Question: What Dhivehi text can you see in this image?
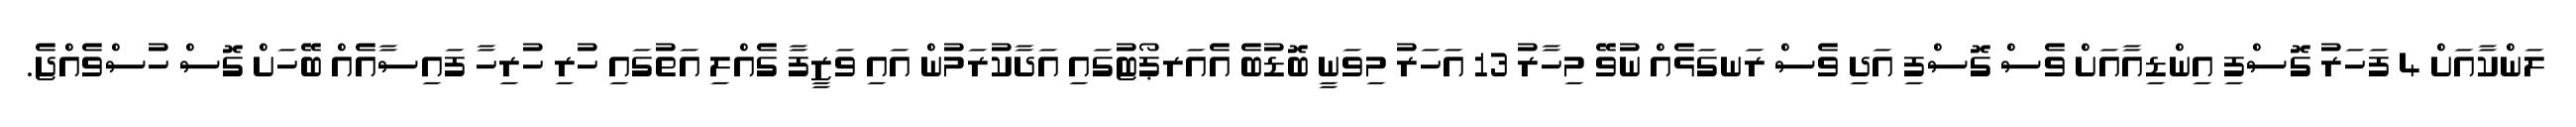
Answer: ލަންކާއަށް 4 ފަހަރު ގޮސްފި އިންޑިއާއަށް ވެސް ގޮސްފި އަދި ވެސް ރަނގަޅެއް ނުވޭ މިހާރު 13 އަހަރު މިވަނީ ބޮޑުބެ އެއަރޕޯޓުގައި އަދާކުރަމުން އައި ވަޒީފާ ގެއްލި އަތުގައި ހުރި ހުރިހާ ފައިސާއެއް ބޭހަށް ގޮސް ހުސްވެއްޖެ.